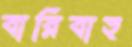
বারিবাহ